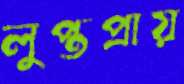
লুপ্তপ্রায়